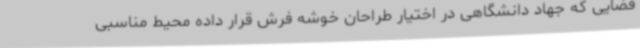
فضایی که جهاد دانشگاهی در اختیار طراحان خوشه فرش قرار داده محیط مناسبی